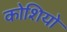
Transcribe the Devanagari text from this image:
कोशियो